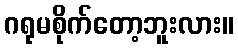
ဂရုမစိုက်တော့ဘူးလား။